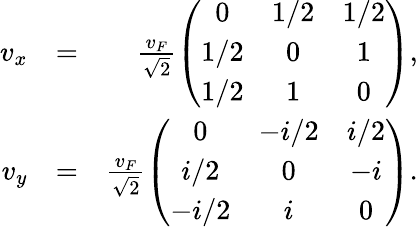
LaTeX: \begin{array}{rlr}{v_{x}}&{=}&{\frac{v_{F}}{\sqrt{2}}\left(\begin{array}{ccc}{0}&{1/2}&{1/2}\\ {1/2}&{0}&{1}\\ {1/2}&{1}&{0}\end{array}\right),}\\ {v_{y}}&{=}&{\frac{v_{F}}{\sqrt{2}}\left(\begin{array}{ccc}{0}&{-i/2}&{i/2}\\ {i/2}&{0}&{-i}\\ {-i/2}&{i}&{0}\end{array}\right).}\end{array}